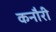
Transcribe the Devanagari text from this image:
कनौरी